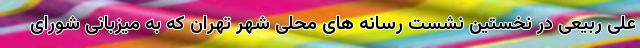
علی ربیعی در نخستین نشست رسانه های محلی شهر تهران که به میزبانی شورای